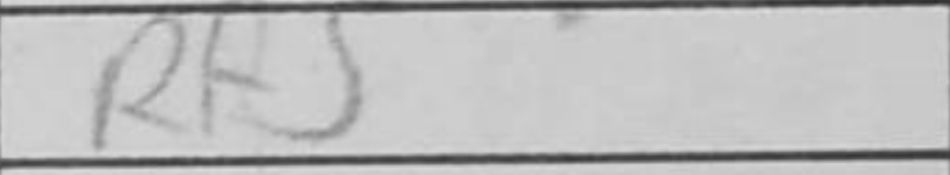
Transcription: Rf5